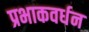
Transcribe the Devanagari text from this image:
प्रभाकवर्धन